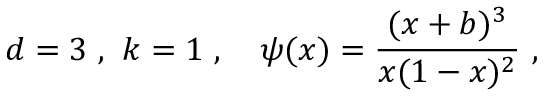
d = 3 \ , \ k = 1 \ , \ \ \ \psi ( x ) = \frac { ( x + b ) ^ { 3 } } { x ( 1 - x ) ^ { 2 } } \ ,